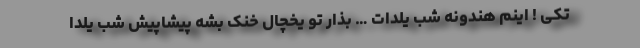
تکی ! اینم هندونه شب یلدات … بذار تو یخچال خنک بشه پیشاپیش شب یلدا